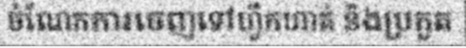
ចំណែកការចេញទៅហ្វឹកហាត់ និងប្រកួត